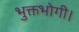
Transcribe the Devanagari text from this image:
भुक्तभोगी।